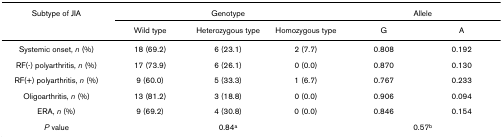
| Subtype of JIA | <COLSPAN=3> Genotype | <COLSPAN=2> Allele |
 |  | Wild type | Heterozygous type | Homozygous type | G | A |
 | --- | --- | --- | --- | --- | --- |
 | Systemic onset, n (%) | 18 (69.2) | 6 (23.1) | 2 (7.7) | 0.808 | 0.192 |
 | RF(-) polyarthritis, n (%) | 17 (73.9) | 6 (26.1) | 0 (0.0) | 0.870 | 0.130 |
 | RF(+) polyarthritis, n (%) | 9 (60.0) | 5 (33.3) | 1 (6.7) | 0.767 | 0.233 |
 | Oligoarthritis, n (%) | 13 (81.2) | 3 (18.8) | 0 (0.0) | 0.906 | 0.094 |
 | ERA, n (%) | 9 (69.2) | 4 (30.8) | 0 (0.0) | 0.846 | 0.154 |
 | P value |  | 0.84a |  | <COLSPAN=2> 0.57b |